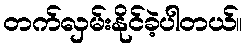
တက်လှမ်းနိုင်ခဲ့ပါတယ်။